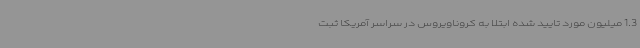
1.3 میلیون مورد تایید شده ابتلا به کروناویروس در سراسر آمریکا ثبت